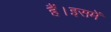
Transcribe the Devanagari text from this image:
हैं।इसमें